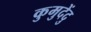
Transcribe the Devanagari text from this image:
कुमुदेंदु